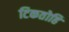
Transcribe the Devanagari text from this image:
टिकतोहि